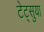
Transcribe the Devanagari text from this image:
टेट्सुया